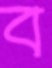
ব